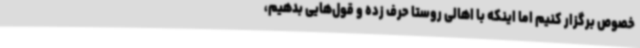
خصوص برگزار کنیم اما اینکه با اهالی روستا حرف زده و قول‌هایی بدهیم،